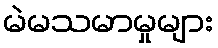
မဲမသမာမှုများ